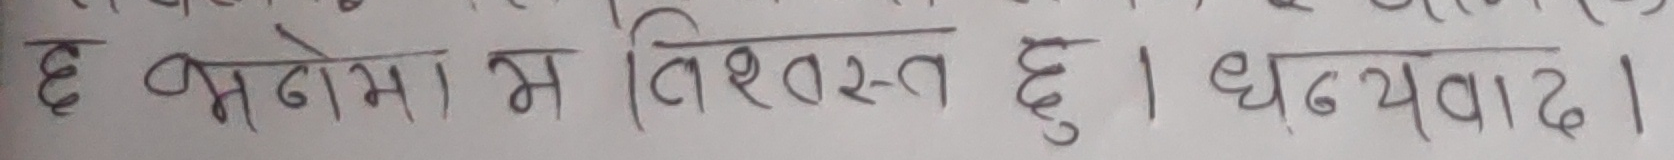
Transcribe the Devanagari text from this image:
छ भरोसा म विश्वस्त छु । धन्यवाद ।